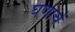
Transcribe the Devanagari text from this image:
घणाचे